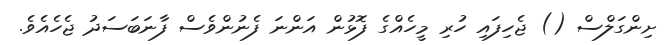
ށިންގަލްސް () ޖެހިފައި ހުރި މީހެއްގެ ފޮޅުން އަންނަ ފެނުންވެސް ފާނަބަސަދު ޖެހެއެވެ.